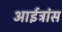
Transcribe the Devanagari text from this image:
आईट्रांस